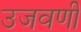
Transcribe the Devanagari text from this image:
उजवणी